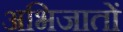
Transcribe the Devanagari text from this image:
अभिजातों